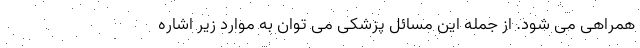
همراهی می شود. از جمله این مسائل پزشکی می توان به موارد زیر اشاره